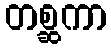
တစ္ဆကာ